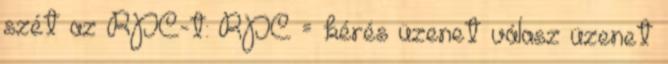
szét az RPC-t: RPC = kérés üzenet válasz üzenet